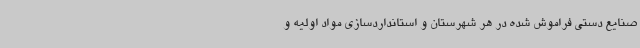
صنایع دستی فراموش شده در هر شهرستان و استانداردسازی مواد اولیه و